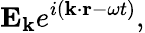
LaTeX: \mathbf{E_{k}}e^{i(\mathbf{k\cdot r}-\omega t)},